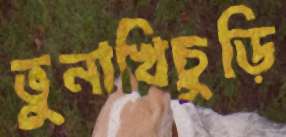
ভুনাখিচুড়ি